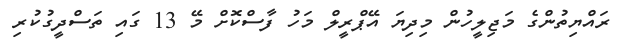
ރައްޔިތުންގެ މަޖިލީހުން މިިދިޔަ އޭޕްރީލް މަހު ފާސްކޮށް މޭ 13 ގައި ތަސްދީގުކުރި